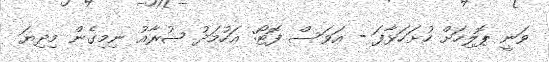
ވަނީ ޕޮލިހަށް ހުށަހަޅާފަ - އަވަސް ފޮޓޯ: އަހުމަދު ޝުރާއު ނިމިގެން މިދިޔަ